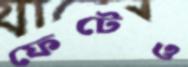
ফেটেও